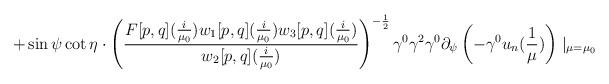
LaTeX: \begin{align*}+\sin\psi\cot\eta\cdot\left(\frac{F[p,q](\frac{i}{\mu_{0}})w_{1}[p,q](\frac{i}{\mu_{0}})w_{3}[p,q](\frac{i}{\mu_{0}})}{w_{2}[p,q](\frac{i}{\mu_{0}})}\right)^{-\frac{1}{2}}\gamma^{0}\gamma^{2}\gamma^{0}\partial_{\psi}\left(-\gamma^{0}u_{n}(\frac{1}{\mu})\right)\mid_{\mu=\mu_{0}}\end{align*}